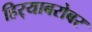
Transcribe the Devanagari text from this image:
हिर्‍याबरोबर